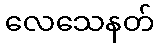
လေသေနတ်